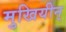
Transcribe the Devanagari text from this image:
मुखियीन्